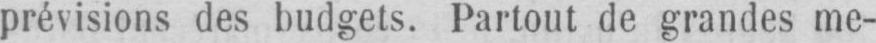
prévisions des budgets. Partout de grandes me-